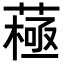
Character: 𦽯